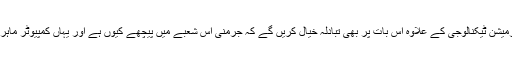
ماہرین ڈیجیٹلائزیشن اور انفارمیشن ٹیکنالوجی کے علاوہ اس بات پر بھی تبادلہ خیال کریں گے کہ جرمنی اس شعبے میں پیچھے کیوں ہے اور یہاں کمپیوٹر ماہرین کی کمی کی کیا وجہ ہے؟